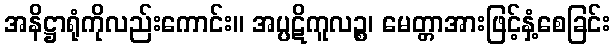
အနိဋ္ဌာရုံကိုလည်းကောင်း။ အပ္ပဋိကူလဉ္စ၊ မေတ္တာအားဖြင့်နှံ့စေခြင်း